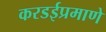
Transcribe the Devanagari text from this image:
करडईप्रमाणे